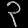
Digit: ၃